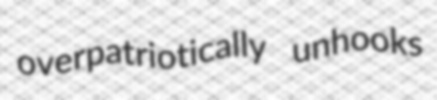
overpatriotically unhooks